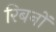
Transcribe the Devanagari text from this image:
रिबनों